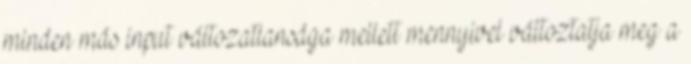
minden más input változatlansága mellett mennyivel változtatja meg a